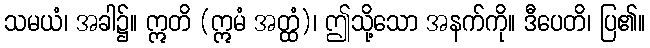
သမယံ၊ အခါ၌။ ဣတိ (ဣမံ အတ္ထံ)၊ ဤသို့သော အနက်ကို။ ဒီပေတိ၊ ပြ၏။